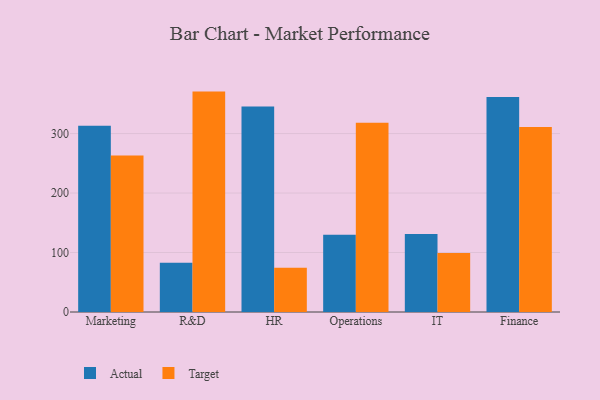
{"axis": {"x": "Department", "y": "Active Users"}, "legend": ["Actual", "Target"], "data": [{"x": "Marketing", "y": 313.2, "type": "Actual"}, {"x": "Marketing", "y": 262.9, "type": "Target"}, {"x": "R&D", "y": 82.9, "type": "Actual"}, {"x": "R&D", "y": 370.5, "type": "Target"}, {"x": "HR", "y": 345.5, "type": "Actual"}, {"x": "HR", "y": 74.4, "type": "Target"}, {"x": "Operations", "y": 129.7, "type": "Actual"}, {"x": "Operations", "y": 318.3, "type": "Target"}, {"x": "IT", "y": 131.2, "type": "Actual"}, {"x": "IT", "y": 99.2, "type": "Target"}, {"x": "Finance", "y": 361.6, "type": "Actual"}, {"x": "Finance", "y": 311.0, "type": "Target"}]}